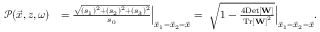
\begin{array} { r l } { \mathcal { P } ( \vec { x } , z , \omega ) } & { = \frac { \sqrt { ( s _ { 1 } ) ^ { 2 } + ( s _ { 2 } ) ^ { 2 } + ( s _ { 3 } ) ^ { 2 } } } { s _ { 0 } } \Big | _ { \vec { x } _ { 1 } = \vec { x } _ { 2 } = \vec { x } } = ~ \sqrt { 1 - \frac { 4 \mathrm { D e t } \left[ { \bf W } \right] } { \mathrm { T r } \left[ { \bf W } \right] ^ { 2 } } } \Big | _ { \vec { x } _ { 1 } = \vec { x } _ { 2 } = \vec { x } } . } \end{array}